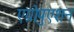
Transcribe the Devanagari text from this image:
एग्रोपुएशन